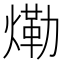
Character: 𱬀